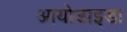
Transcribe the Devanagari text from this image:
आयोडाइड।